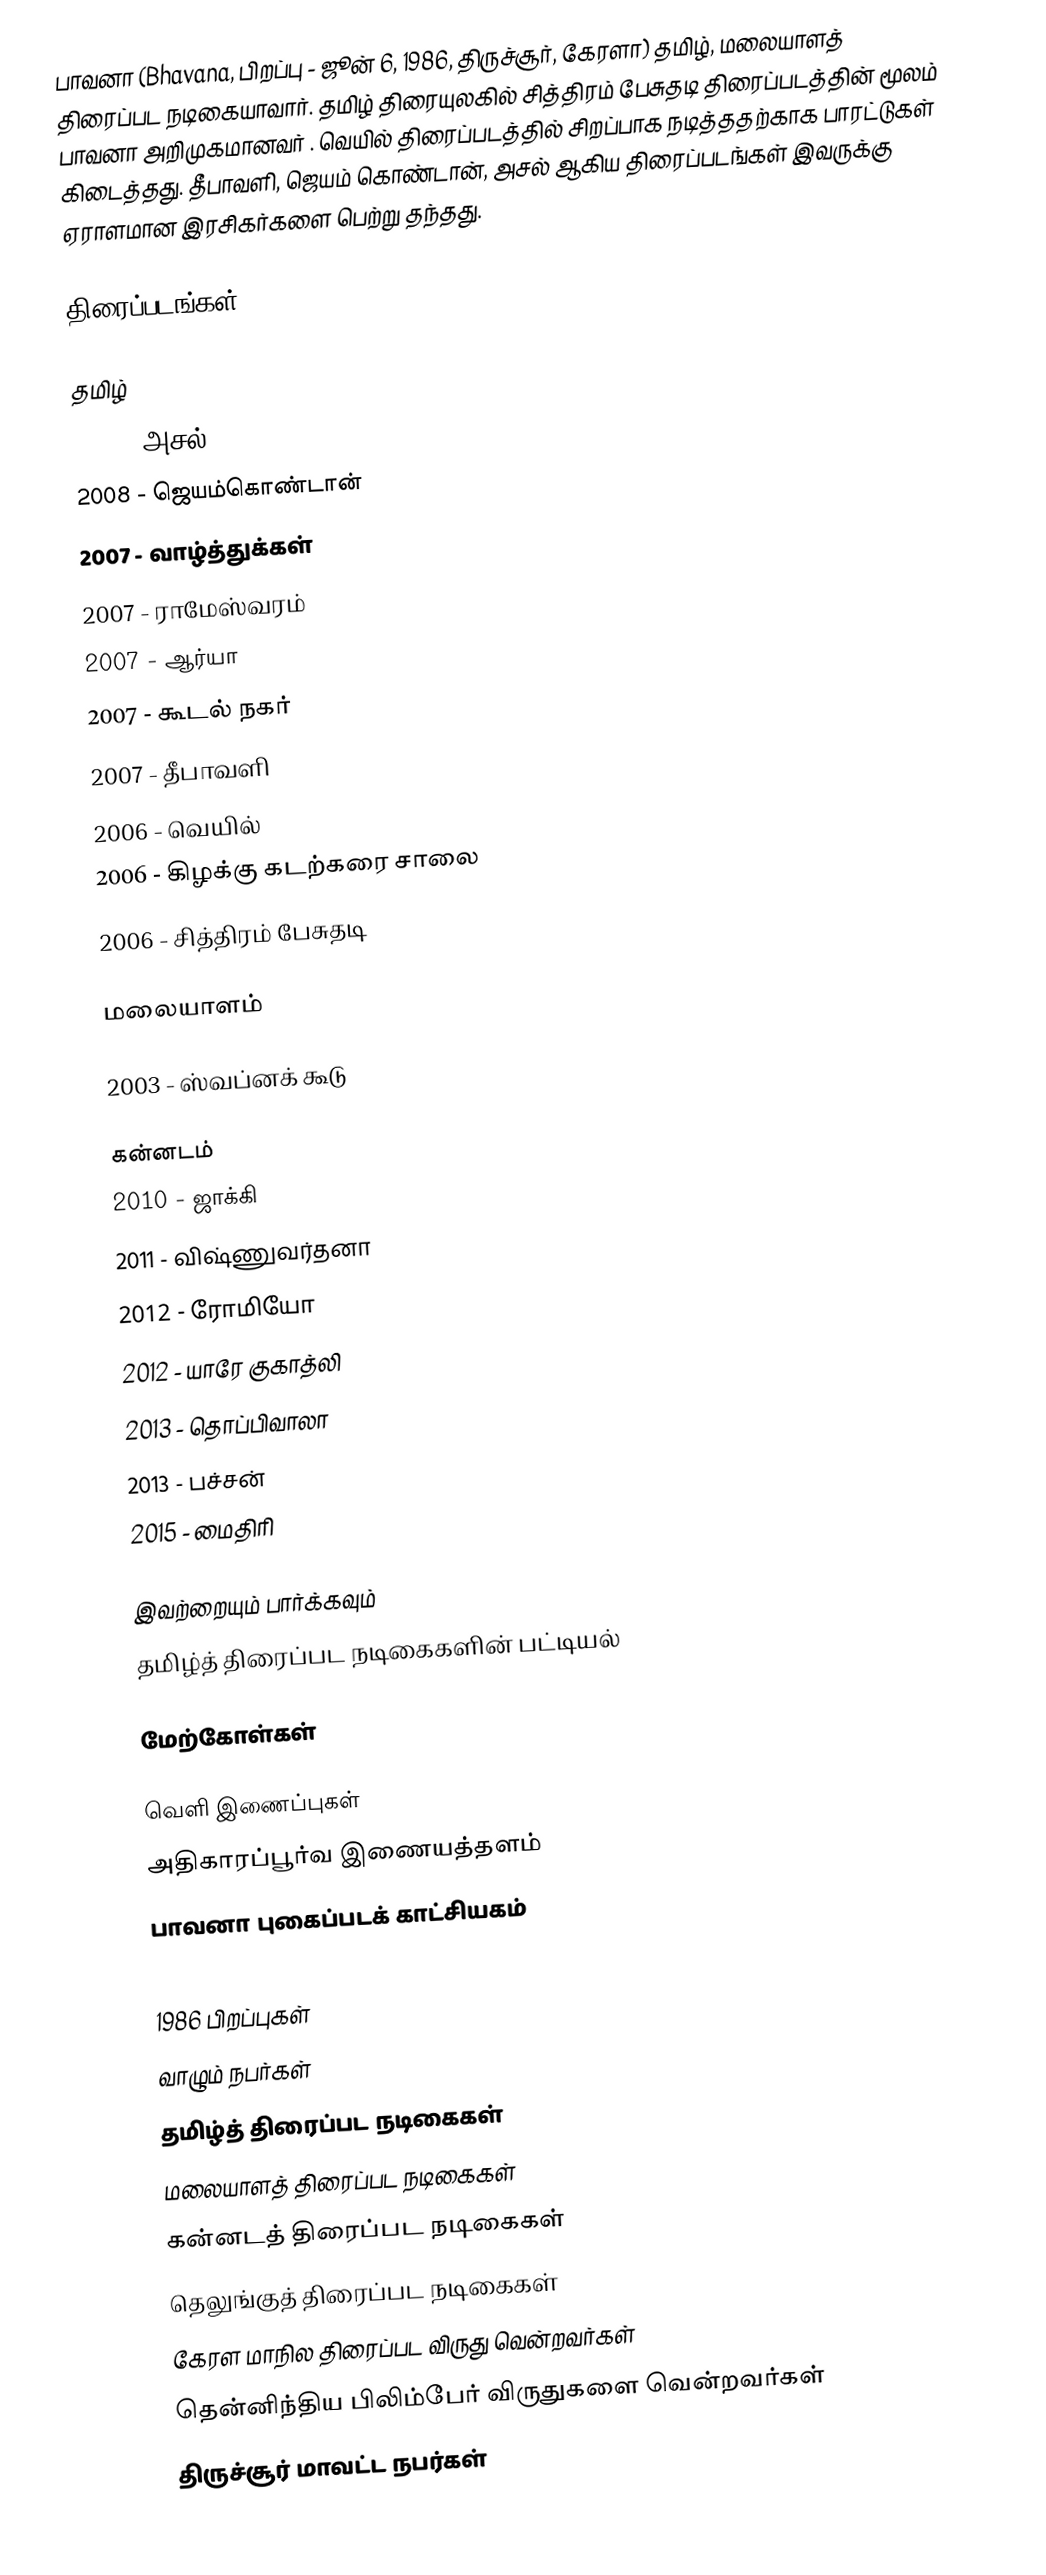
பாவனா (Bhavana, பிறப்பு - ஜூன் 6, 1986, திருச்சூர், கேரளா) தமிழ், மலையாளத் திரைப்பட நடிகையாவார். தமிழ் திரையுலகில் சித்திரம் பேசுதடி திரைப்படத்தின் மூலம் பாவனா அறிமுகமானவர் . வெயில் திரைப்படத்தில் சிறப்பாக நடித்ததற்காக பாரட்டுகள் கிடைத்தது. தீபாவளி, ஜெயம் கொண்டான், அசல் ஆகிய திரைப்படங்கள் இவருக்கு ஏராளமான இரசிகர்களை பெற்று தந்தது.

திரைப்படங்கள்

தமிழ்
 2009 - அசல்
 2008 - ஜெயம்கொண்டான்
 2007 - வாழ்த்துக்கள்
 2007 - ராமேஸ்வரம்
 2007 - ஆர்யா
 2007 - கூடல் நகர்
 2007 - தீபாவளி
 2006 - வெயில்
 2006 - கிழக்கு கடற்கரை சாலை
 2006 - சித்திரம் பேசுதடி

மலையாளம்

 2003 - ஸ்வப்னக் கூடு

கன்னடம்
 2010 - ஜாக்கி
 2011 - விஷ்ணுவர்தனா
 2012 - ரோமியோ
 2012 - யாரே குகாத்லி
 2013 - தொப்பிவாலா
 2013 - பச்சன்
 2015 - மைதிரி

இவற்றையும் பார்க்கவும்
 தமிழ்த் திரைப்பட நடிகைகளின் பட்டியல்

மேற்கோள்கள்

வெளி இணைப்புகள்
 அதிகாரப்பூர்வ இணையத்தளம்
 பாவனா புகைப்படக் காட்சியகம்

1986 பிறப்புகள்
வாழும் நபர்கள்
தமிழ்த் திரைப்பட நடிகைகள்
மலையாளத் திரைப்பட நடிகைகள்
கன்னடத் திரைப்பட நடிகைகள்
தெலுங்குத் திரைப்பட நடிகைகள்
கேரள மாநில திரைப்பட விருது வென்றவர்கள்
தென்னிந்திய பிலிம்பேர் விருதுகளை வென்றவர்கள்
திருச்சூர் மாவட்ட நபர்கள்